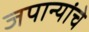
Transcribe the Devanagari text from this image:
जपान्यांचे